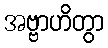
အဗ္ဗာဟိတွာ